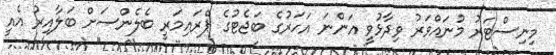
މިނިސްޓަރު މުނައްވަރު ވިދާޅުވީ އަންނަ އަހަރުގެ ބަޖެޓުގެ ޕްރައިމަރީ ބެލެންސަށް ބަލާއިރު އެއީ